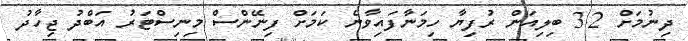
ދިނުމަށް 3.2 ބިލިއަން ރުފިޔާ ހިމަނާފައިވާނެ ކަމަށް ފިނޭންސް މިނިސްޓަރު އަބްދު ޖިހާދު